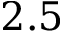
2 . 5